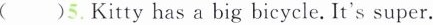
( )5.Kitty has a big bicycle. It's super.